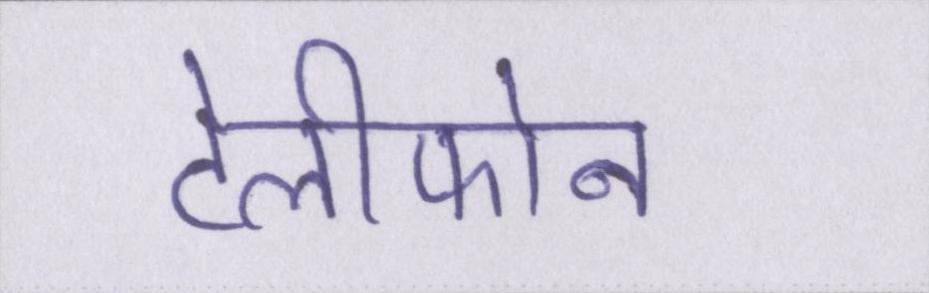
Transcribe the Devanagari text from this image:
टेलीफोन